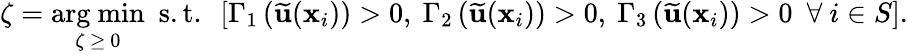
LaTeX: \zeta=\underset{\zeta\ \geq\ 0}{\mathrm{arg\ min}}\ \ \mathrm{s.t.}\ \ \left[\Gamma_{1}\left(\widetilde{\mathbf{u}}(\mathbf{x}_{i})\right)>0,\ \Gamma_{2}\left(\widetilde{\mathbf{u}}(\mathbf{x}_{i})\right)>0,\ \Gamma_{3}\left(\widetilde{\mathbf{u}}(\mathbf{x}_{i})\right)>0\ \ \forall\ i\in S\right].